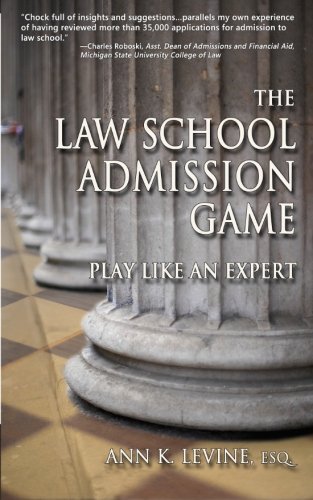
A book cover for The Law School Admission Game: Play Like an Expert (Law School Expert); Ann K. Levine; Education & Teaching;